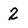
Character: 2